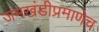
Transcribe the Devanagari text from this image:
जमखंडीप्रमाणेच